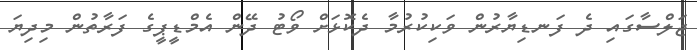
ޖަލްސާގައި ދެ ފަނޑިޔާރުން ވަކިކުރުމާ ދެކޮޅަށް ވޯޓު ދޭން އެމްޑީޕީގެ ފަރާތުން މިދިޔަ